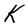
Character: K